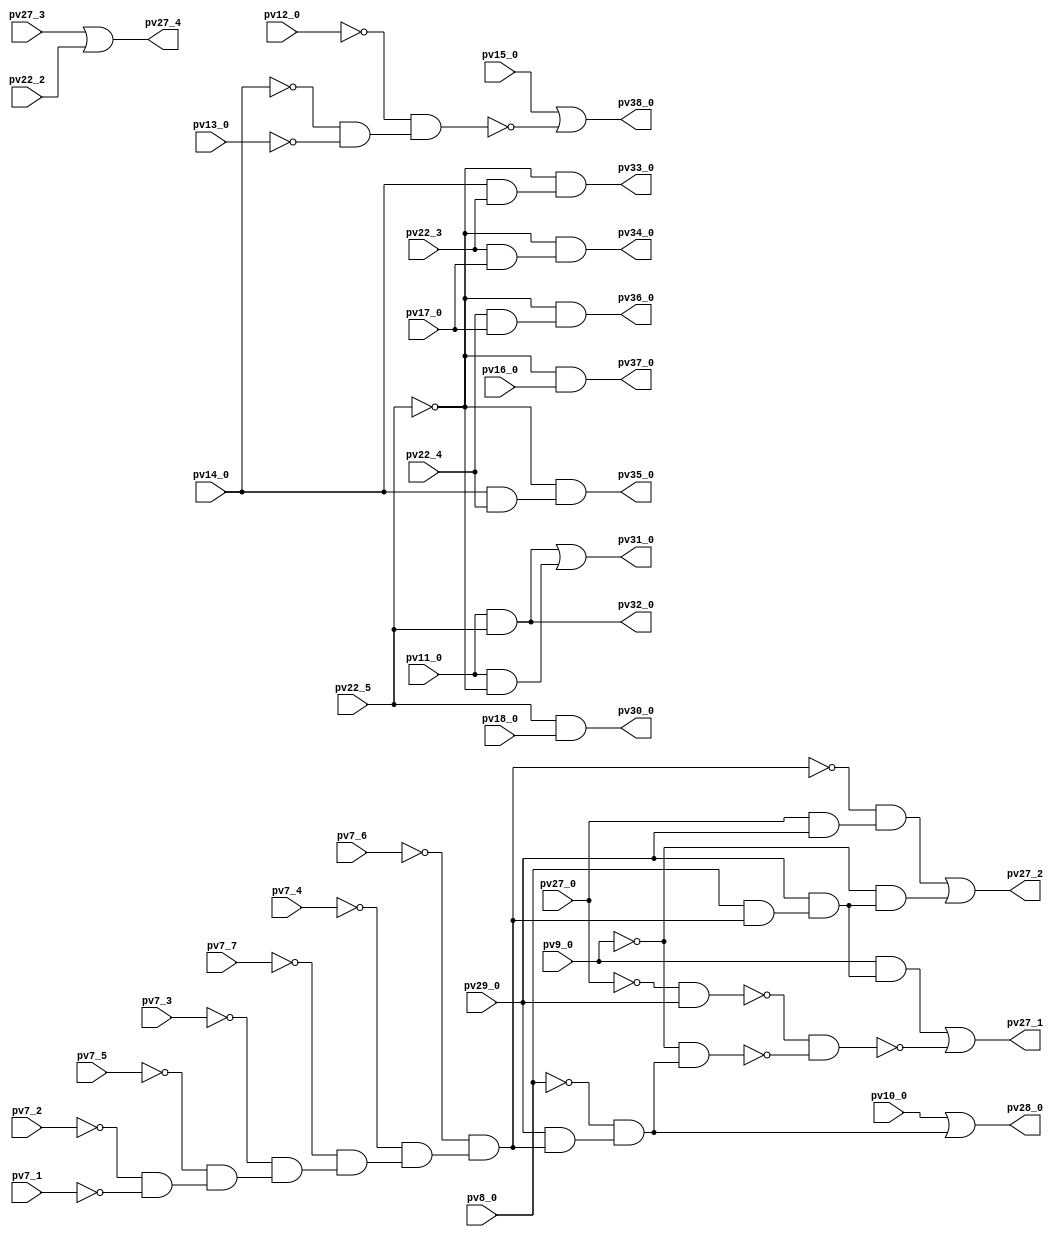
module top ( 
    pv27_3, pv7_2, pv7_1, pv10_0, pv11_0, pv14_0, pv22_5, pv27_0, pv7_7,
    pv15_0, pv22_4, pv12_0, pv29_0, pv13_0, pv7_4, pv18_0, pv7_3, pv8_0,
    pv7_6, pv9_0, pv16_0, pv22_3, pv7_5, pv17_0, pv22_2,
    pv27_4, pv32_0, pv33_0, pv34_0, pv35_0, pv36_0, pv37_0, pv38_0, pv27_2,
    pv27_1, pv28_0, pv30_0, pv31_0  );
  input  pv27_3, pv7_2, pv7_1, pv10_0, pv11_0, pv14_0, pv22_5, pv27_0,
    pv7_7, pv15_0, pv22_4, pv12_0, pv29_0, pv13_0, pv7_4, pv18_0, pv7_3,
    pv8_0, pv7_6, pv9_0, pv16_0, pv22_3, pv7_5, pv17_0, pv22_2;
  output pv27_4, pv32_0, pv33_0, pv34_0, pv35_0, pv36_0, pv37_0, pv38_0,
    pv27_2, pv27_1, pv28_0, pv30_0, pv31_0;
  wire new_n41_, new_n43_, new_n45_, new_n47_, new_n50_, new_n51_, new_n53_,
    new_n54_, new_n55_, new_n56_, new_n57_, new_n58_, new_n59_, new_n60_,
    new_n61_, new_n62_, new_n63_, new_n65_, new_n66_, new_n67_, new_n68_,
    new_n69_, new_n70_, new_n74_;
  assign pv27_4 = pv27_3 | pv22_2;
  assign pv32_0 = pv11_0 & pv22_5;
  assign new_n41_ = pv14_0 & pv22_3;
  assign pv33_0 = ~pv22_5 & new_n41_;
  assign new_n43_ = pv22_3 & pv17_0;
  assign pv34_0 = ~pv22_5 & new_n43_;
  assign new_n45_ = pv14_0 & pv22_4;
  assign pv35_0 = ~pv22_5 & new_n45_;
  assign new_n47_ = pv22_4 & pv17_0;
  assign pv36_0 = ~pv22_5 & new_n47_;
  assign pv37_0 = ~pv22_5 & pv16_0;
  assign new_n50_ = ~pv14_0 & ~pv13_0;
  assign new_n51_ = ~pv12_0 & new_n50_;
  assign pv38_0 = pv15_0 | ~new_n51_;
  assign new_n53_ = ~pv7_2 & ~pv7_1;
  assign new_n54_ = ~pv7_5 & new_n53_;
  assign new_n55_ = ~pv7_3 & new_n54_;
  assign new_n56_ = ~pv7_7 & new_n55_;
  assign new_n57_ = ~pv7_4 & new_n56_;
  assign new_n58_ = ~pv7_6 & new_n57_;
  assign new_n59_ = pv27_0 & pv29_0;
  assign new_n60_ = ~new_n58_ & new_n59_;
  assign new_n61_ = pv8_0 & new_n58_;
  assign new_n62_ = pv29_0 & new_n61_;
  assign new_n63_ = ~pv9_0 & new_n62_;
  assign pv27_2 = new_n60_ | new_n63_;
  assign new_n65_ = ~pv27_0 & pv29_0;
  assign new_n66_ = pv29_0 & new_n58_;
  assign new_n67_ = ~pv8_0 & new_n66_;
  assign new_n68_ = ~pv9_0 & new_n67_;
  assign new_n69_ = pv9_0 & new_n62_;
  assign new_n70_ = ~new_n65_ & ~new_n68_;
  assign pv27_1 = new_n69_ | ~new_n70_;
  assign pv28_0 = pv10_0 | new_n67_;
  assign pv30_0 = pv22_5 & pv18_0;
  assign new_n74_ = pv11_0 & ~pv22_5;
  assign pv31_0 = pv32_0 | new_n74_;
endmodule